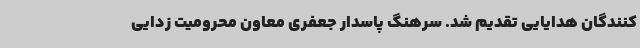
کنندگان هدایایی تقدیم شد. سرهنگ پاسدار جعفری معاون محرومیت زدایی